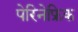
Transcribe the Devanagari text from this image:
पेरिनेफ्रिक